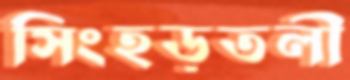
সিংহড়তলী